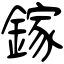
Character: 鎵